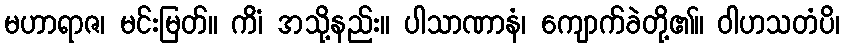
မဟာရာဇ၊ မင်းမြတ်။ ကိံ၊ အသို့နည်း။ ပါသာဏာနံ၊ ကျောက်ခဲတို့၏။ ဝါဟသတံပိ၊